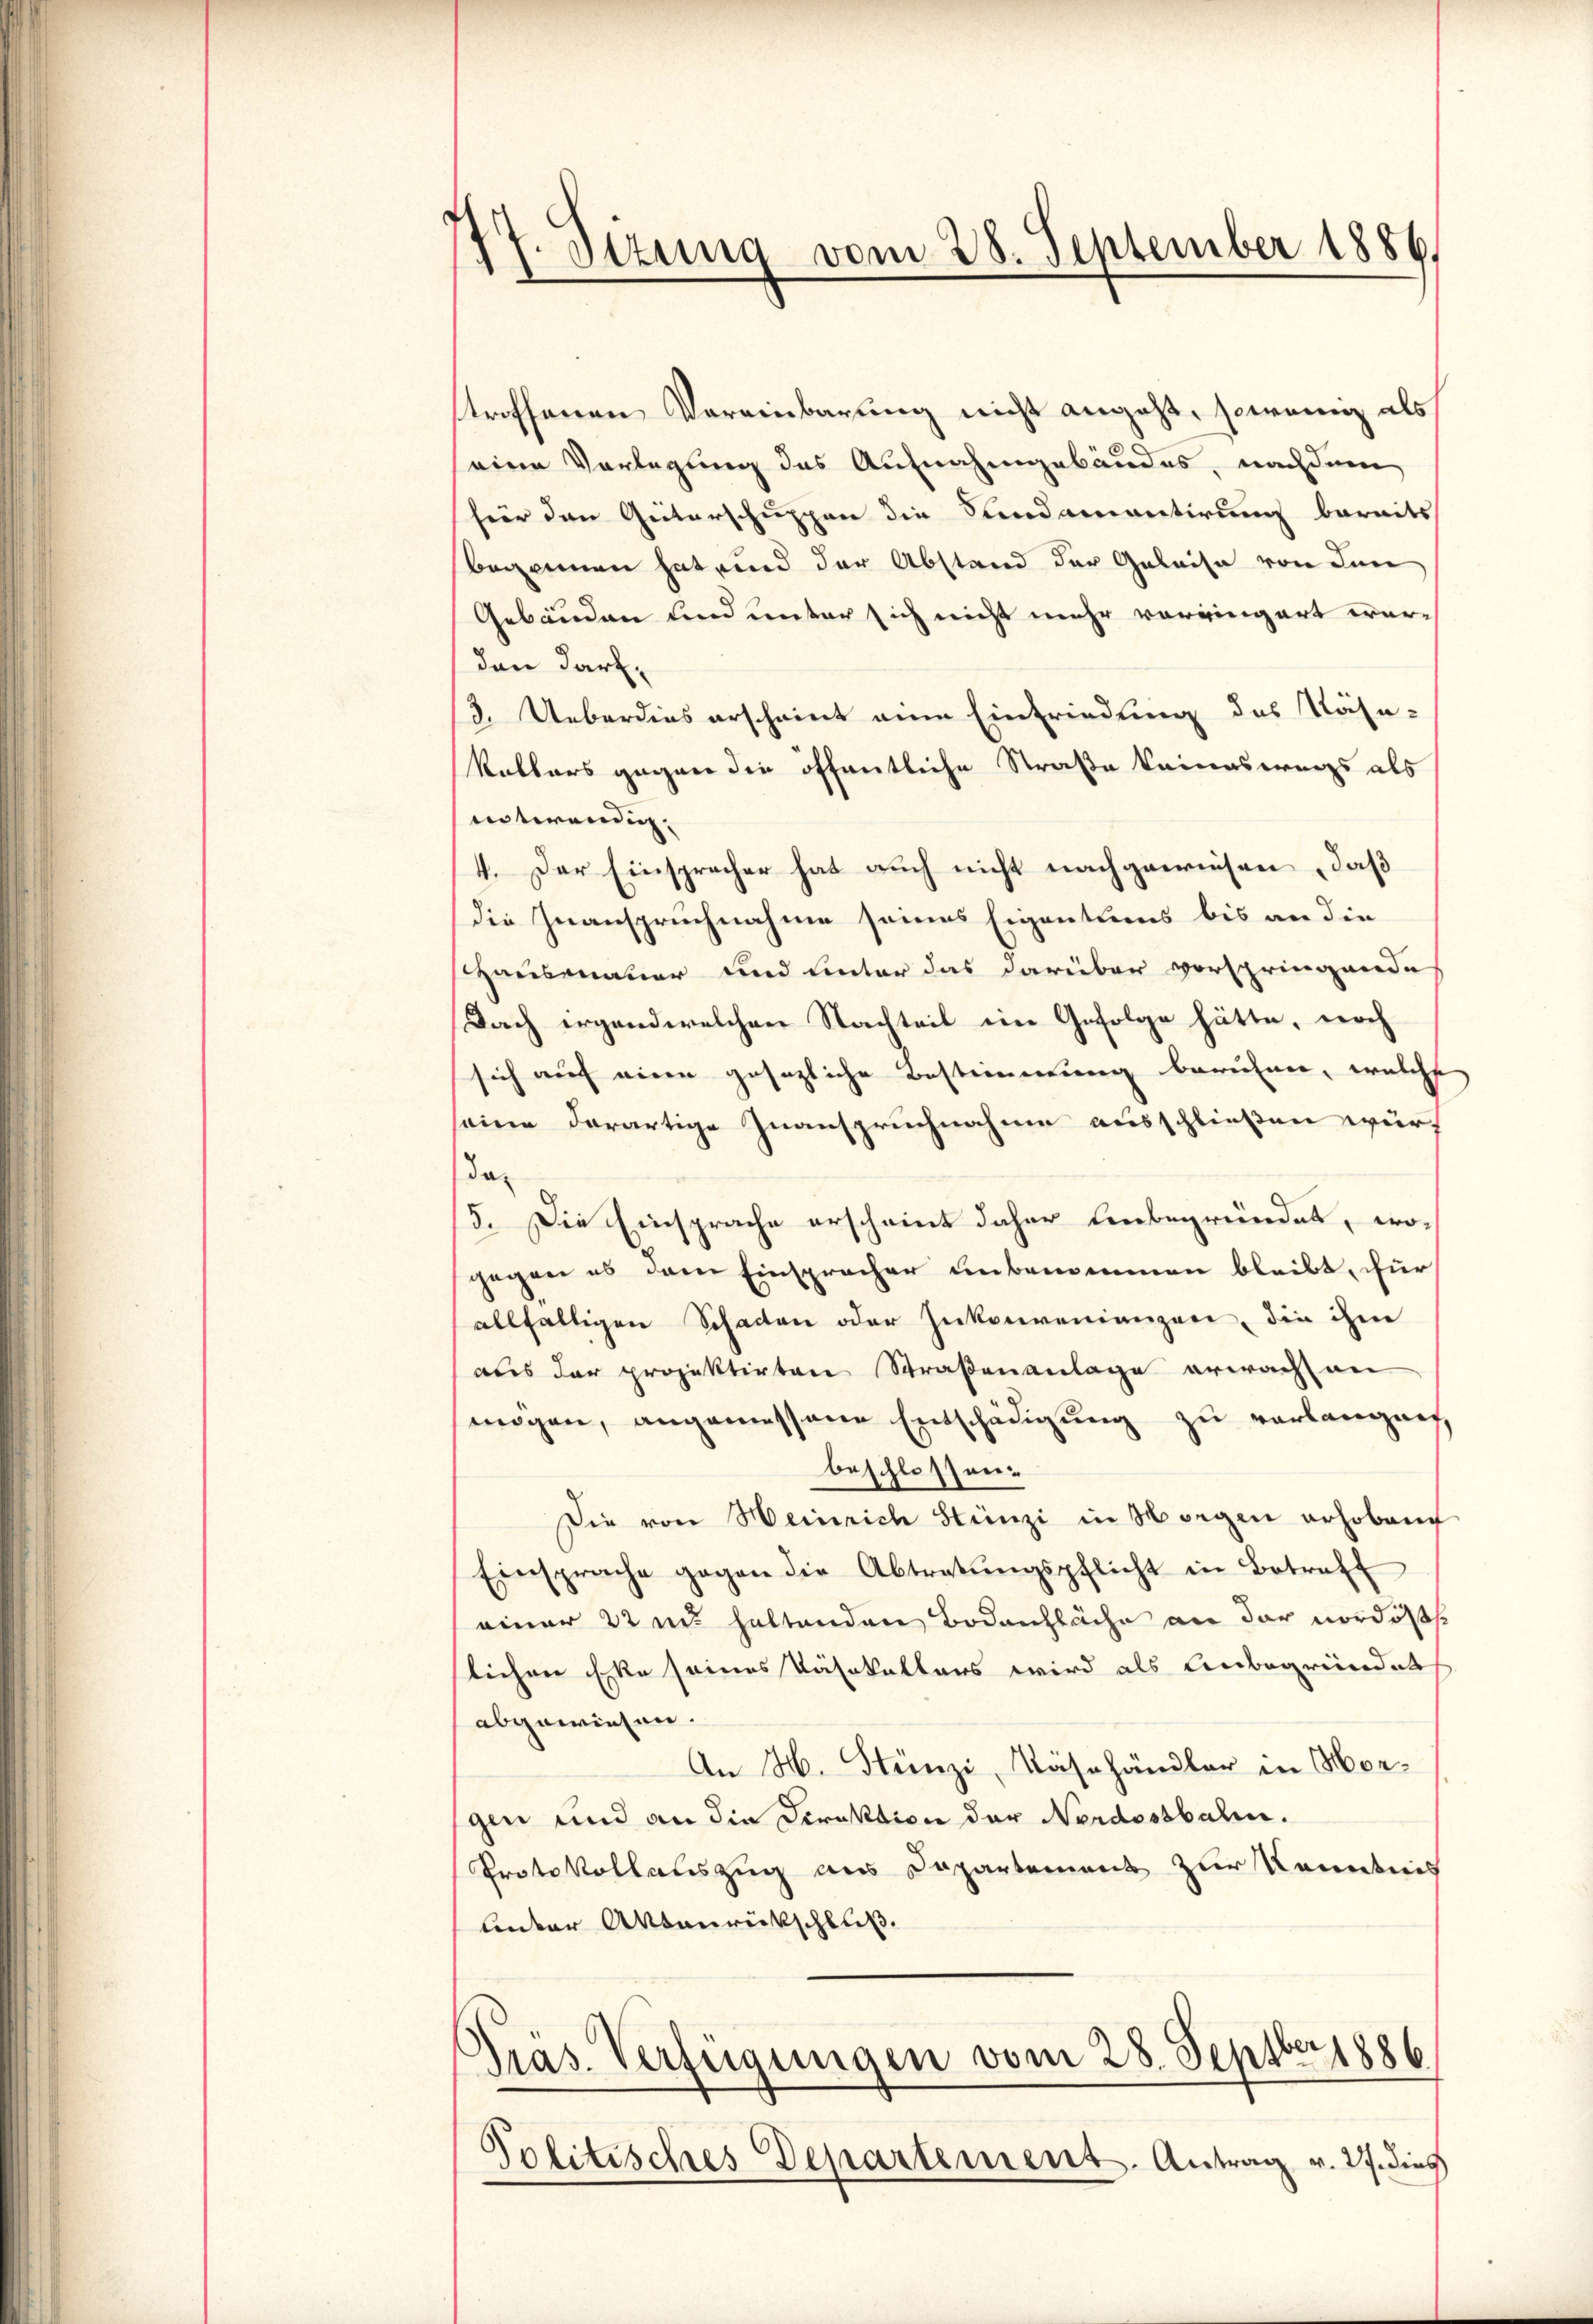
7. Sizung vom 28. September 1886.

stroffenen Vereinbarung nicht angeht, sowenig als
eine Vorlegung des Aufnahmgebäudes, nachdem
fier den Güterschuppen die Sandamantirung bereits
Begonnen hat und der Abstand der Geleise von den
Gebäuden und unter sich nicht mehr vorgingert wordenn darf.
3. Ueberdies erscheint eine Einfriedung des Näse-
Kallars gegen die öffentliche Straße keineswegs als
entwendig.
4. Der Einspracher hat auch nicht nachgewiesen, daß
die Inanspruchnahme seines Eigentums bis an die
Hausmauer und Unter das darüber vorspringende
Dach irgendwelchen Nachteil eine Gefolge hätte, noch
sich auf eine gesezliche Bestimmung beruhen, welche
seine derartige Zuanspruchnahme ausschließen würda
15. Die Einsprache erscheint daher unbegründet, wogegen es dem Einspracher unbenommen bleibt, für
allfälligen Schaden oder Inkonvenianzen, die ihm
aus der projektirten Straßenanlage erwacht an
mögen, angemessene Entschädigung zu verlangen
beschlossen:
Die von Heinrich Stünzi in Morgen erhoben
Einsprache gegen die Abtretŭngspflicht in Betreff
einer 22 in haltenden Bodenfläche an der nordöslichen Ecke seines Käsakallars wird als Unbegründet
abgewiesen.
An H. Stünzi, Käsehändler in Morgen und an die Direktion der Nordostbahn.
Protokollauszug aus Departement zur Kenntnis
leder Aktenrückschluß

Pras. Verfügungen vom 28. Septber 1886
Politisches Departement. Antrag v. 27. dies